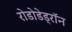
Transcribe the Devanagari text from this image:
रोडोडेड्रॉन